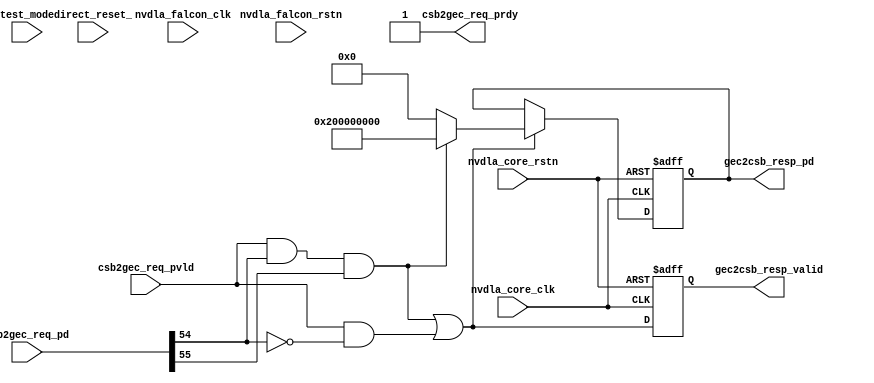
// ================================================================
// NVDLA Open Source Project
// 
// Copyright(c) 2016 - 2017 NVIDIA Corporation.  Licensed under the
// NVDLA Open Hardware License; Check "LICENSE" which comes with 
// this distribution for more information.
// ================================================================


module NV_NVDLA_GLB_fc (
   nvdla_core_clk
  ,nvdla_core_rstn
  ,csb2gec_req_pd
  ,csb2gec_req_pvld
  ,direct_reset_
  ,nvdla_falcon_clk
  ,nvdla_falcon_rstn
  ,test_mode
  ,csb2gec_req_prdy
  ,gec2csb_resp_pd
  ,gec2csb_resp_valid
  );
//call FC_PLUTIN here

input nvdla_falcon_clk;
input nvdla_core_clk;
input nvdla_core_rstn;
input nvdla_falcon_rstn;
input direct_reset_;
input test_mode;

input  [62:0] csb2gec_req_pd;
input         csb2gec_req_pvld;
output        csb2gec_req_prdy;
output [33:0] gec2csb_resp_pd;
output        gec2csb_resp_valid;
reg    [33:0] gec2csb_resp_pd;
reg           gec2csb_resp_valid;
wire   [21:0] req_addr;
wire    [1:0] req_level;
wire          req_nposted;
wire          req_pvld;
wire          req_srcpriv;
wire   [31:0] req_wdat;
wire    [3:0] req_wrbe;
wire          req_write;
wire          resp_en;
wire   [33:0] resp_pd_w;
wire          rresp_en;
wire          rresp_error;
wire   [33:0] rresp_pd_w;
wire   [31:0] rresp_rdat;
wire          wresp_en;
wire          wresp_error;
wire   [33:0] wresp_pd_w;
wire   [31:0] wresp_rdat;


assign csb2gec_req_prdy = 1'b1;
assign req_pvld = csb2gec_req_pvld;


// PKT_UNPACK_WIRE( csb2xx_16m_be_lvl ,  req_ ,  csb2gec_req_pd )
assign        req_addr[21:0] =     csb2gec_req_pd[21:0];
assign        req_wdat[31:0] =     csb2gec_req_pd[53:22];
assign         req_write  =     csb2gec_req_pd[54];
assign         req_nposted  =     csb2gec_req_pd[55];
assign         req_srcpriv  =     csb2gec_req_pd[56];
assign        req_wrbe[3:0] =     csb2gec_req_pd[60:57];
assign        req_level[1:0] =     csb2gec_req_pd[62:61];


// PKT_PACK_WIRE_ID( nvdla_xx2csb_resp ,  dla_xx2csb_rd_erpt ,  rresp_ ,  rresp_pd_w )
assign       rresp_pd_w[31:0] =     rresp_rdat[31:0];
assign       rresp_pd_w[32] =     rresp_error ;

assign   rresp_pd_w[33:33] = 1'd0  /* PKT_nvdla_xx2csb_resp_dla_xx2csb_rd_erpt_ID  */ ;

// PKT_PACK_WIRE_ID( nvdla_xx2csb_resp ,  dla_xx2csb_wr_erpt ,  wresp_ ,  wresp_pd_w )
assign       wresp_pd_w[31:0] =     wresp_rdat[31:0];
assign       wresp_pd_w[32] =     wresp_error ;

assign   wresp_pd_w[33:33] = 1'd1  /* PKT_nvdla_xx2csb_resp_dla_xx2csb_wr_erpt_ID  */ ;

assign rresp_rdat = 32'b0;
assign wresp_rdat = 32'b0;
assign rresp_error = 1'b0;
assign wresp_error = 1'b0;

assign wresp_en = req_pvld & req_write & req_nposted;
assign rresp_en = req_pvld & ~req_write;

assign resp_pd_w = wresp_en ? wresp_pd_w : rresp_pd_w;
assign resp_en = wresp_en | rresp_en;

always @(posedge nvdla_core_clk or negedge nvdla_core_rstn) begin
  if (!nvdla_core_rstn) begin
    gec2csb_resp_valid <= 1'b0;
  end else begin
  gec2csb_resp_valid <= resp_en;
  end
end
always @(posedge nvdla_core_clk or negedge nvdla_core_rstn) begin
  if (!nvdla_core_rstn) begin
    gec2csb_resp_pd <= {34{1'b0}};
  end else begin
  if ((resp_en) == 1'b1) begin
    gec2csb_resp_pd <= resp_pd_w;
  // VCS coverage off
  end else if ((resp_en) == 1'b0) begin
  end else begin
    gec2csb_resp_pd <= 'bx;  // spyglass disable STARC-2.10.1.6 W443 NoWidthInBasedNum-ML -- (Constant containing x or z used, Based number `bx contains an X, Width specification missing for based number)
  // VCS coverage on
  end
  end
end
`ifdef SPYGLASS_ASSERT_ON
`else
// spyglass disable_block NoWidthInBasedNum-ML 
// spyglass disable_block STARC-2.10.3.2a 
// spyglass disable_block STARC05-2.1.3.1 
// spyglass disable_block STARC-2.1.4.6 
// spyglass disable_block W116 
// spyglass disable_block W154 
// spyglass disable_block W239 
// spyglass disable_block W362 
// spyglass disable_block WRN_58 
// spyglass disable_block WRN_61 
`endif // SPYGLASS_ASSERT_ON
`ifdef ASSERT_ON
`ifdef FV_ASSERT_ON
`define ASSERT_RESET nvdla_core_rstn
`else
`ifdef SYNTHESIS
`define ASSERT_RESET nvdla_core_rstn
`else
`ifdef ASSERT_OFF_RESET_IS_X
`define ASSERT_RESET ((1'bx === nvdla_core_rstn) ? 1'b0 : nvdla_core_rstn)
`else
`define ASSERT_RESET ((1'bx === nvdla_core_rstn) ? 1'b1 : nvdla_core_rstn)
`endif // ASSERT_OFF_RESET_IS_X
`endif // SYNTHESIS
`endif // FV_ASSERT_ON
`ifndef SYNTHESIS
  // VCS coverage off 
  nv_assert_no_x #(0,1,0,"No X's allowed on control signals")      zzz_assert_no_x_1x (nvdla_core_clk, `ASSERT_RESET, 1'd1,  (^(resp_en))); // spyglass disable W504 SelfDeterminedExpr-ML 
  // VCS coverage on
`endif
`undef ASSERT_RESET
`endif // ASSERT_ON
`ifdef SPYGLASS_ASSERT_ON
`else
// spyglass enable_block NoWidthInBasedNum-ML 
// spyglass enable_block STARC-2.10.3.2a 
// spyglass enable_block STARC05-2.1.3.1 
// spyglass enable_block STARC-2.1.4.6 
// spyglass enable_block W116 
// spyglass enable_block W154 
// spyglass enable_block W239 
// spyglass enable_block W362 
// spyglass enable_block WRN_58 
// spyglass enable_block WRN_61 
`endif // SPYGLASS_ASSERT_ON


endmodule // NV_NVDLA_GLB_fc